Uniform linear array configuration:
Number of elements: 32
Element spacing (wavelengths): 0.5
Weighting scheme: binomial
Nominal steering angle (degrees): -15
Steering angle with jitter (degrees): -13.358
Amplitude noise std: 0.05
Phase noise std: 0.05

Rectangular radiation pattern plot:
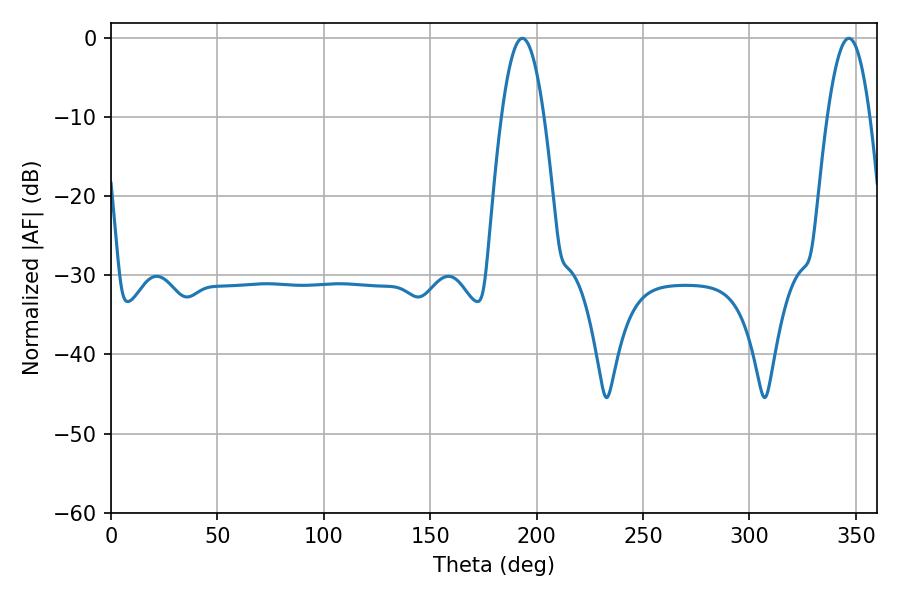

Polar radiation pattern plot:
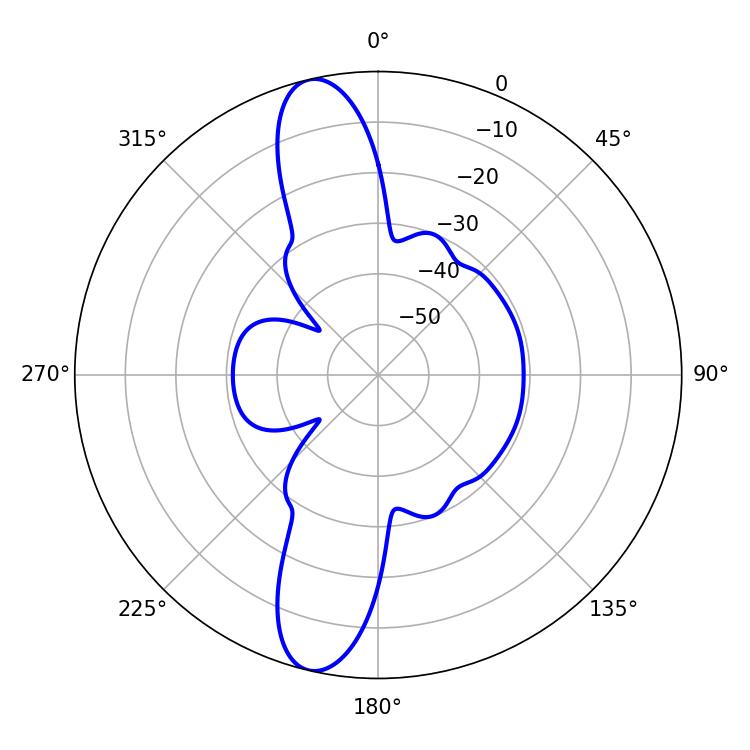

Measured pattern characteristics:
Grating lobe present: FALSE
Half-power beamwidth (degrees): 10.8
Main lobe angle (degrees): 193.32